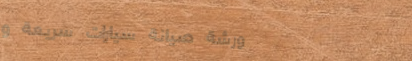
ورشة صيانة سيارات سريعة و